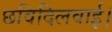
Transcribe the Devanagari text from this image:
छविदिलवाई।